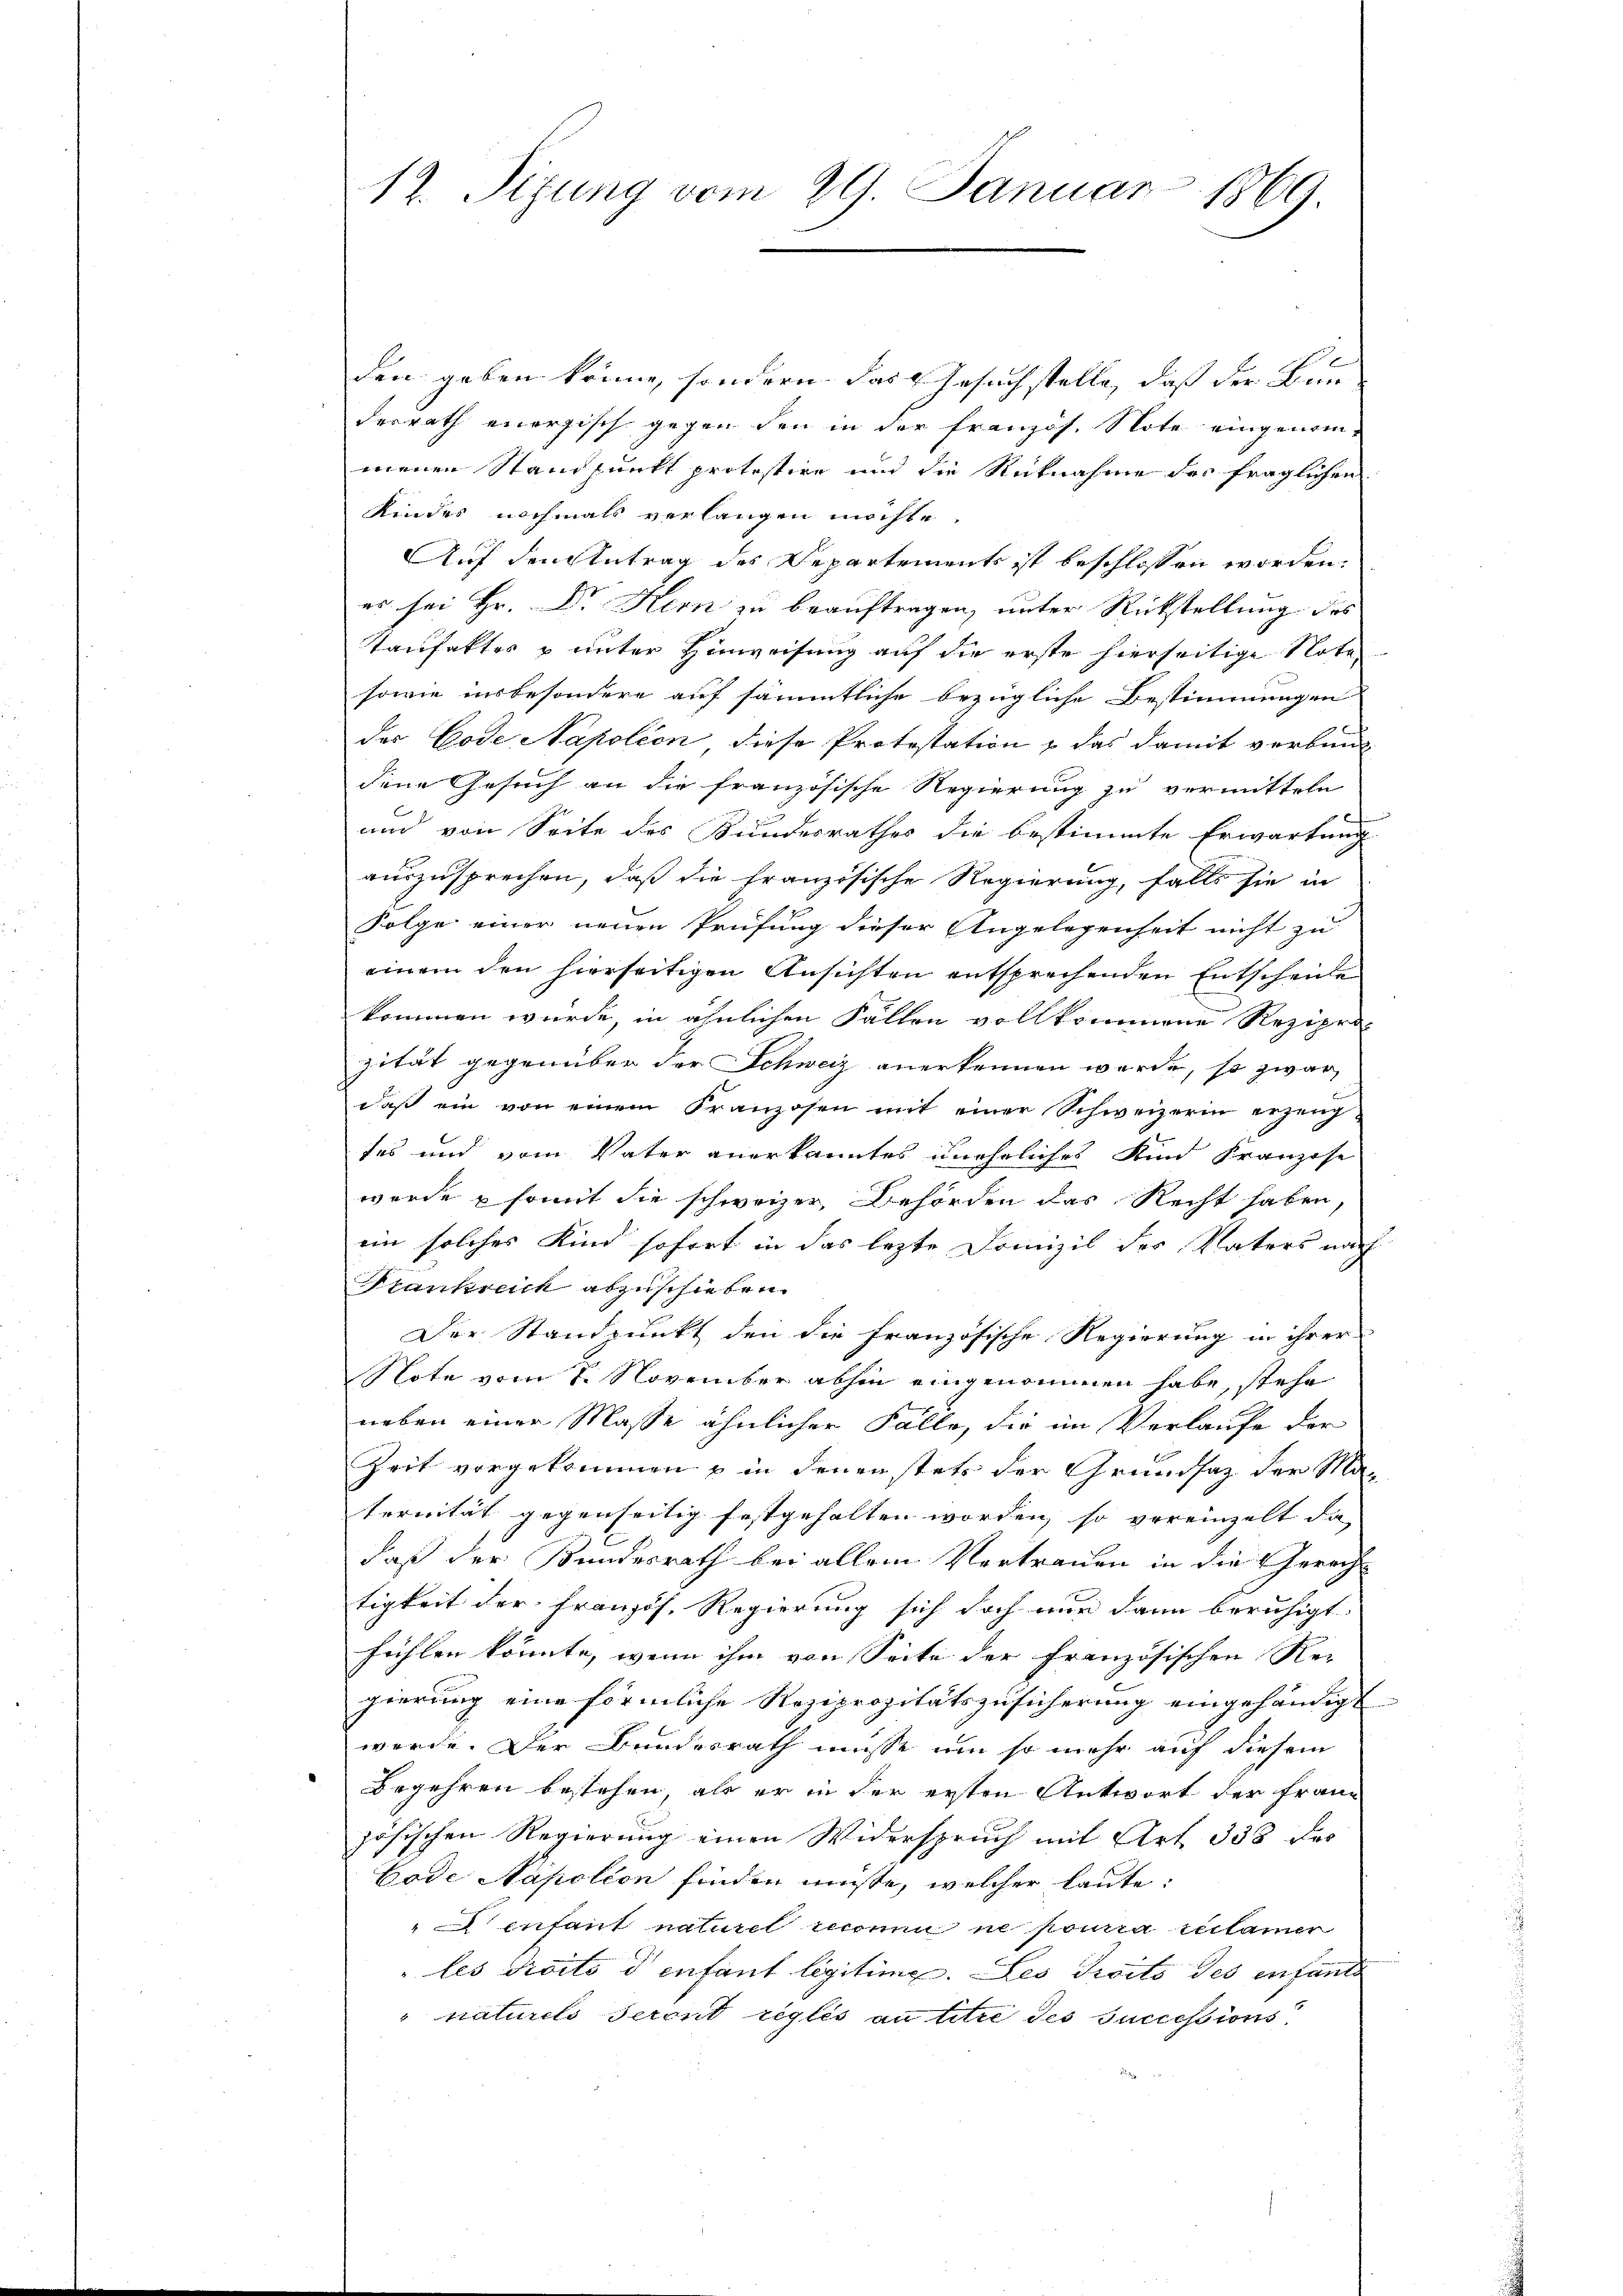
12. Sitzung vom 29. Januar 1869.

den geben könne, sondern. Das Gesuch stelle, dass der Bun
derrath enersisch gegen den in der französ. Note eingenommenen Standpunkt protestire und die Rücknahme des fraglichen
Kindes nochmals verlangen möchte
Auf den Antrag des Departements ist beschlossen worden.
es sei Hr. Dr Kern zu beauftragen, unter Rückstellung des
Taufakter u unter Hinweisung auf die erste hierseitige Nota
sowie insbesondere auf sämmtliche bezügliche Bestimmungen
des Code Napolien diese Protestation & das damit verbund
dene Gesuch an die französische Regierung zu vermitteln
und von Seite des Bundesrathes die bestimmte Erwartung
auszusprechen, daß die französische Regierung, falls sie in
Folge einer neuen Prüfung dieser Angelegenheit nicht zu
einem den hierseitigen Ansichten entsprechenden Entscheide
kommen wurde, in ähnlichen Fällen vollkommene Reziprizität gegenüber der Schweiz anerkennen werde, so zwar
daß ein von einem Franzosen mit einer Schweizerin erzeug
tes und vom Vater anerkanntes uneheliches Kind Franzose
werde & somit die schweizer, Behörden das Recht haben
ein solches Kind sofort in das lezte Domizil des Vaters nach
Krankreich abzuschieben.
Der Standpunkt den die französische Regierung in ihrer
Note vom 8. November abhin eingenommen habe, stehe
neben einer Masse ähnlicher Falle, die im Verlaufe der
Zeit vorgekommen u in denenstete der Grundsaz der Masernität gegenseitig festgehalten worden, so vereinzelt da
daß der Bundesrath bei allem Vertrauen in die Gerecht
tigkeit der Französ. Regierung sich doch nur dann beruhigt.
fühlen könnte, wenn ihm von Seite der französischen Rei
gierung eine förmliche Reziprozitätszusicherung eingehändigt
werde. Der Bundesrath müsse um so mehr auf diesem
Begehren bestehen, als er in der ersten Antwort der Französischen Regierung einen Widerspruch mit Art. 338 des
Code Napolion finden müßte, welcher laute:
" enfant naturel reconnu ne pourra réclamer
les droits denfant legitime. Les droits des enfante
naturels seront réglés au titre des successions